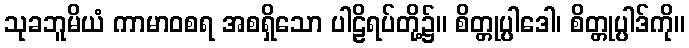
သုခဘူမိယံ ကာမာဝစရ အစရှိသော ပါဠိရပ်တို့၌။ စိတ္တုပ္ပါဒေါ၊ စိတ္တုပ္ပါဒ်ကို။